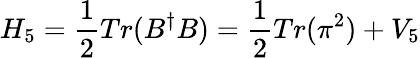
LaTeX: H_{5}=\frac{1}{2}Tr(B^{\dagger}B)=\frac{1}{2}Tr(\pi^{2})+V_{5}